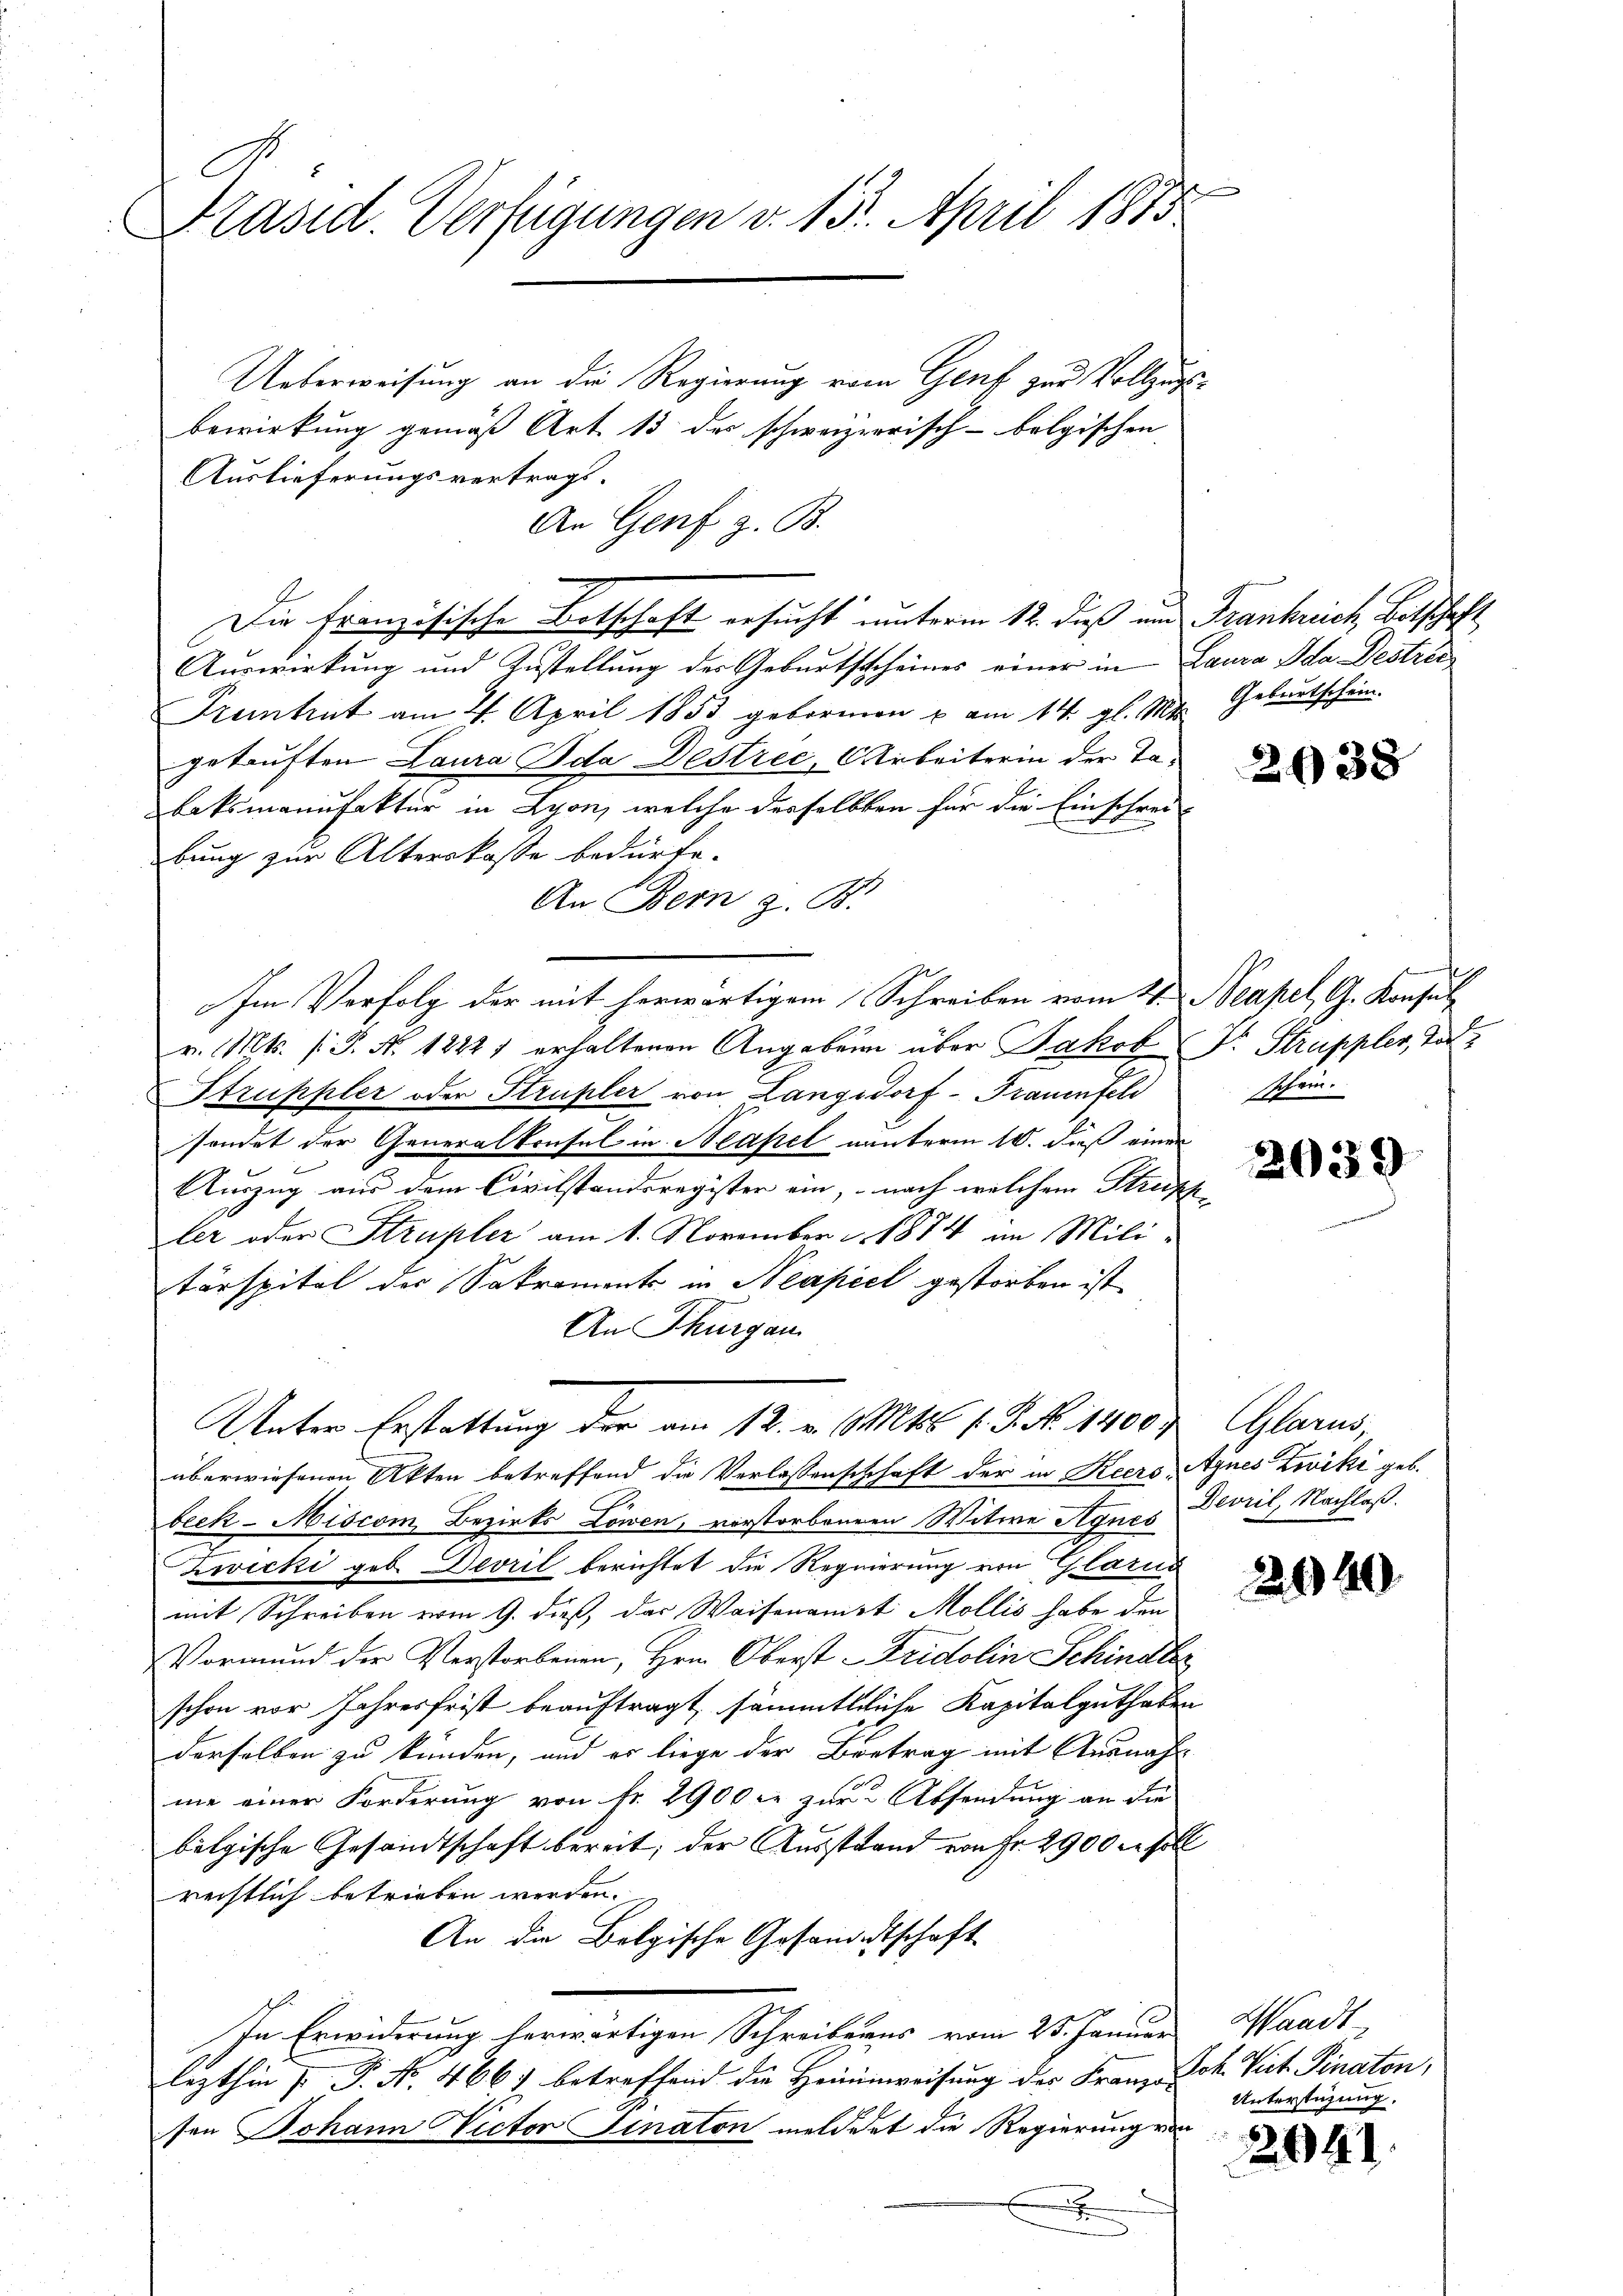
Präsid. Verfügungen v. 15. April 1883

Ueberweisung an die Regierung vom Genf zur Vollzugsbewirkung gemäß Art. 13 des schweizerrisch-bolgischen
Auslieferungsvertrags-
An Genf z. B.
Die Französische Botschaft ersucht unterm 12. dieß und Frankreich Bitschaft
Auswirkung und Zustellung des Geburtsscheines einer in Laura Ida Destrec
Frentrut am 27. April 1853 gebornen u. am 14. gl. Mts. Geburtschein.
getauften Laura Ida Destree, Arbeiterin der Tabatsmanufaktur in Lyon, welche derselbten für die Einschrei-
bung zur Alterskasse bedürfe.
An Bern z. B.
Im Verfolg der mit herwärtigem Schreiben vom 21. Neapel, G. Konsul
v. Mts. (T. No. 12221 erhaltenen Angaben über Jakob Dr. Struppler, To
Struppler oder Strupler von Langsdorf - Frauenfeld
sendet der Generalkonsul in Neapel nunterm 10. dieß einer
Auszug aus dem Civilstandsregister ein, nach welchem Streisch-
ler oder Strupler am 1. November c. 1874 im Militärspital der Sakraments in Neapel gestorben ist,
An Thurgau
Unter Erstattung der am 12. v. Mts. f. J. N. 1400) (Glarus,
überwiesenen Akten betreffend die Verlassenschchaft der in Keers Agnes Zoviki geb.
beek-Miscom, Bezirks Löwen, vorstorbenen Witwe Agnes Deviel, Nachlaß.
Zwicki geb. Devril berichtet die Requierung von Glarus
mit Schreiben vom 9. dieß, das Waisenamt Mollis habe den
Vormund der Verstorbenen, Hrn. Oberst - Tridolin Schindler
schon vor Jahresfrist beauftragt, sämmtliche Kapitalguthaben
derselben zu kunden, und es liege der Betrag mit Ausnah
me einer Forderung von fr. 2900 s zur Absendung an die
belgische Gesandtschaft bereit, der Ausstand von Fr. 2900 er soll
rechtlich betrieben werden.
An die Belgische Gesandtschaft
In Erwiderung herwärtigen Schreibens vom 25. Januar
lezthin P. P. No. 4667 betreffend die Heiminweisung der Franzö-
sen Johann Victor Sinaton meldet die Regierung von
x

2638

ein.

2039

2040

Waadt
Joh. Viet. Finaton,
Unterstüzung,

2041.